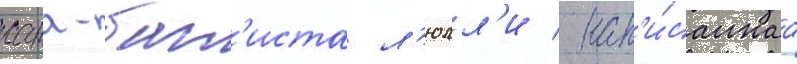
жана-бат'иста л'юлл'и / нап'и́саннаа